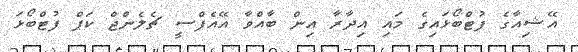
އޭޝިއާގެ ފުޓްބޯޅައިގެ މައި އިދާރާ އިން ބާއްވާ އޭއެފްސީ ޗެލެންޖް ކަޕް ފުޓްބޯޅަ